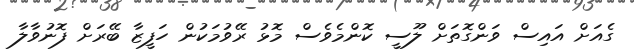
ގެއަށް އައިސް ވަންގޮތަށް ލޫސީ ކޮންމެވެސް މޮޅު ރޭވުމަކުން ހަފީޒާ ބޭރަށް ފޮނުވާލާ